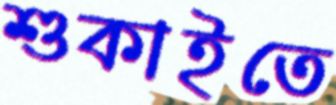
শুকাইতে